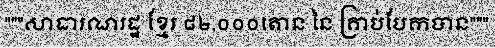
"""សាធារណរដ្ឋ ខ្មែរ ៨២,០០០តោន នៃ គ្រាប់បែកបាន"""